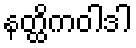
နတ္ထိကဝါဒါ